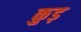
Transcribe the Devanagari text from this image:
कुड़